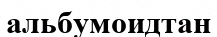
альбумоидтан